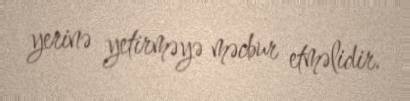
yerinə yetirməyə məcbur etməlidir.